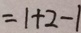
= 1 + 2 - 1